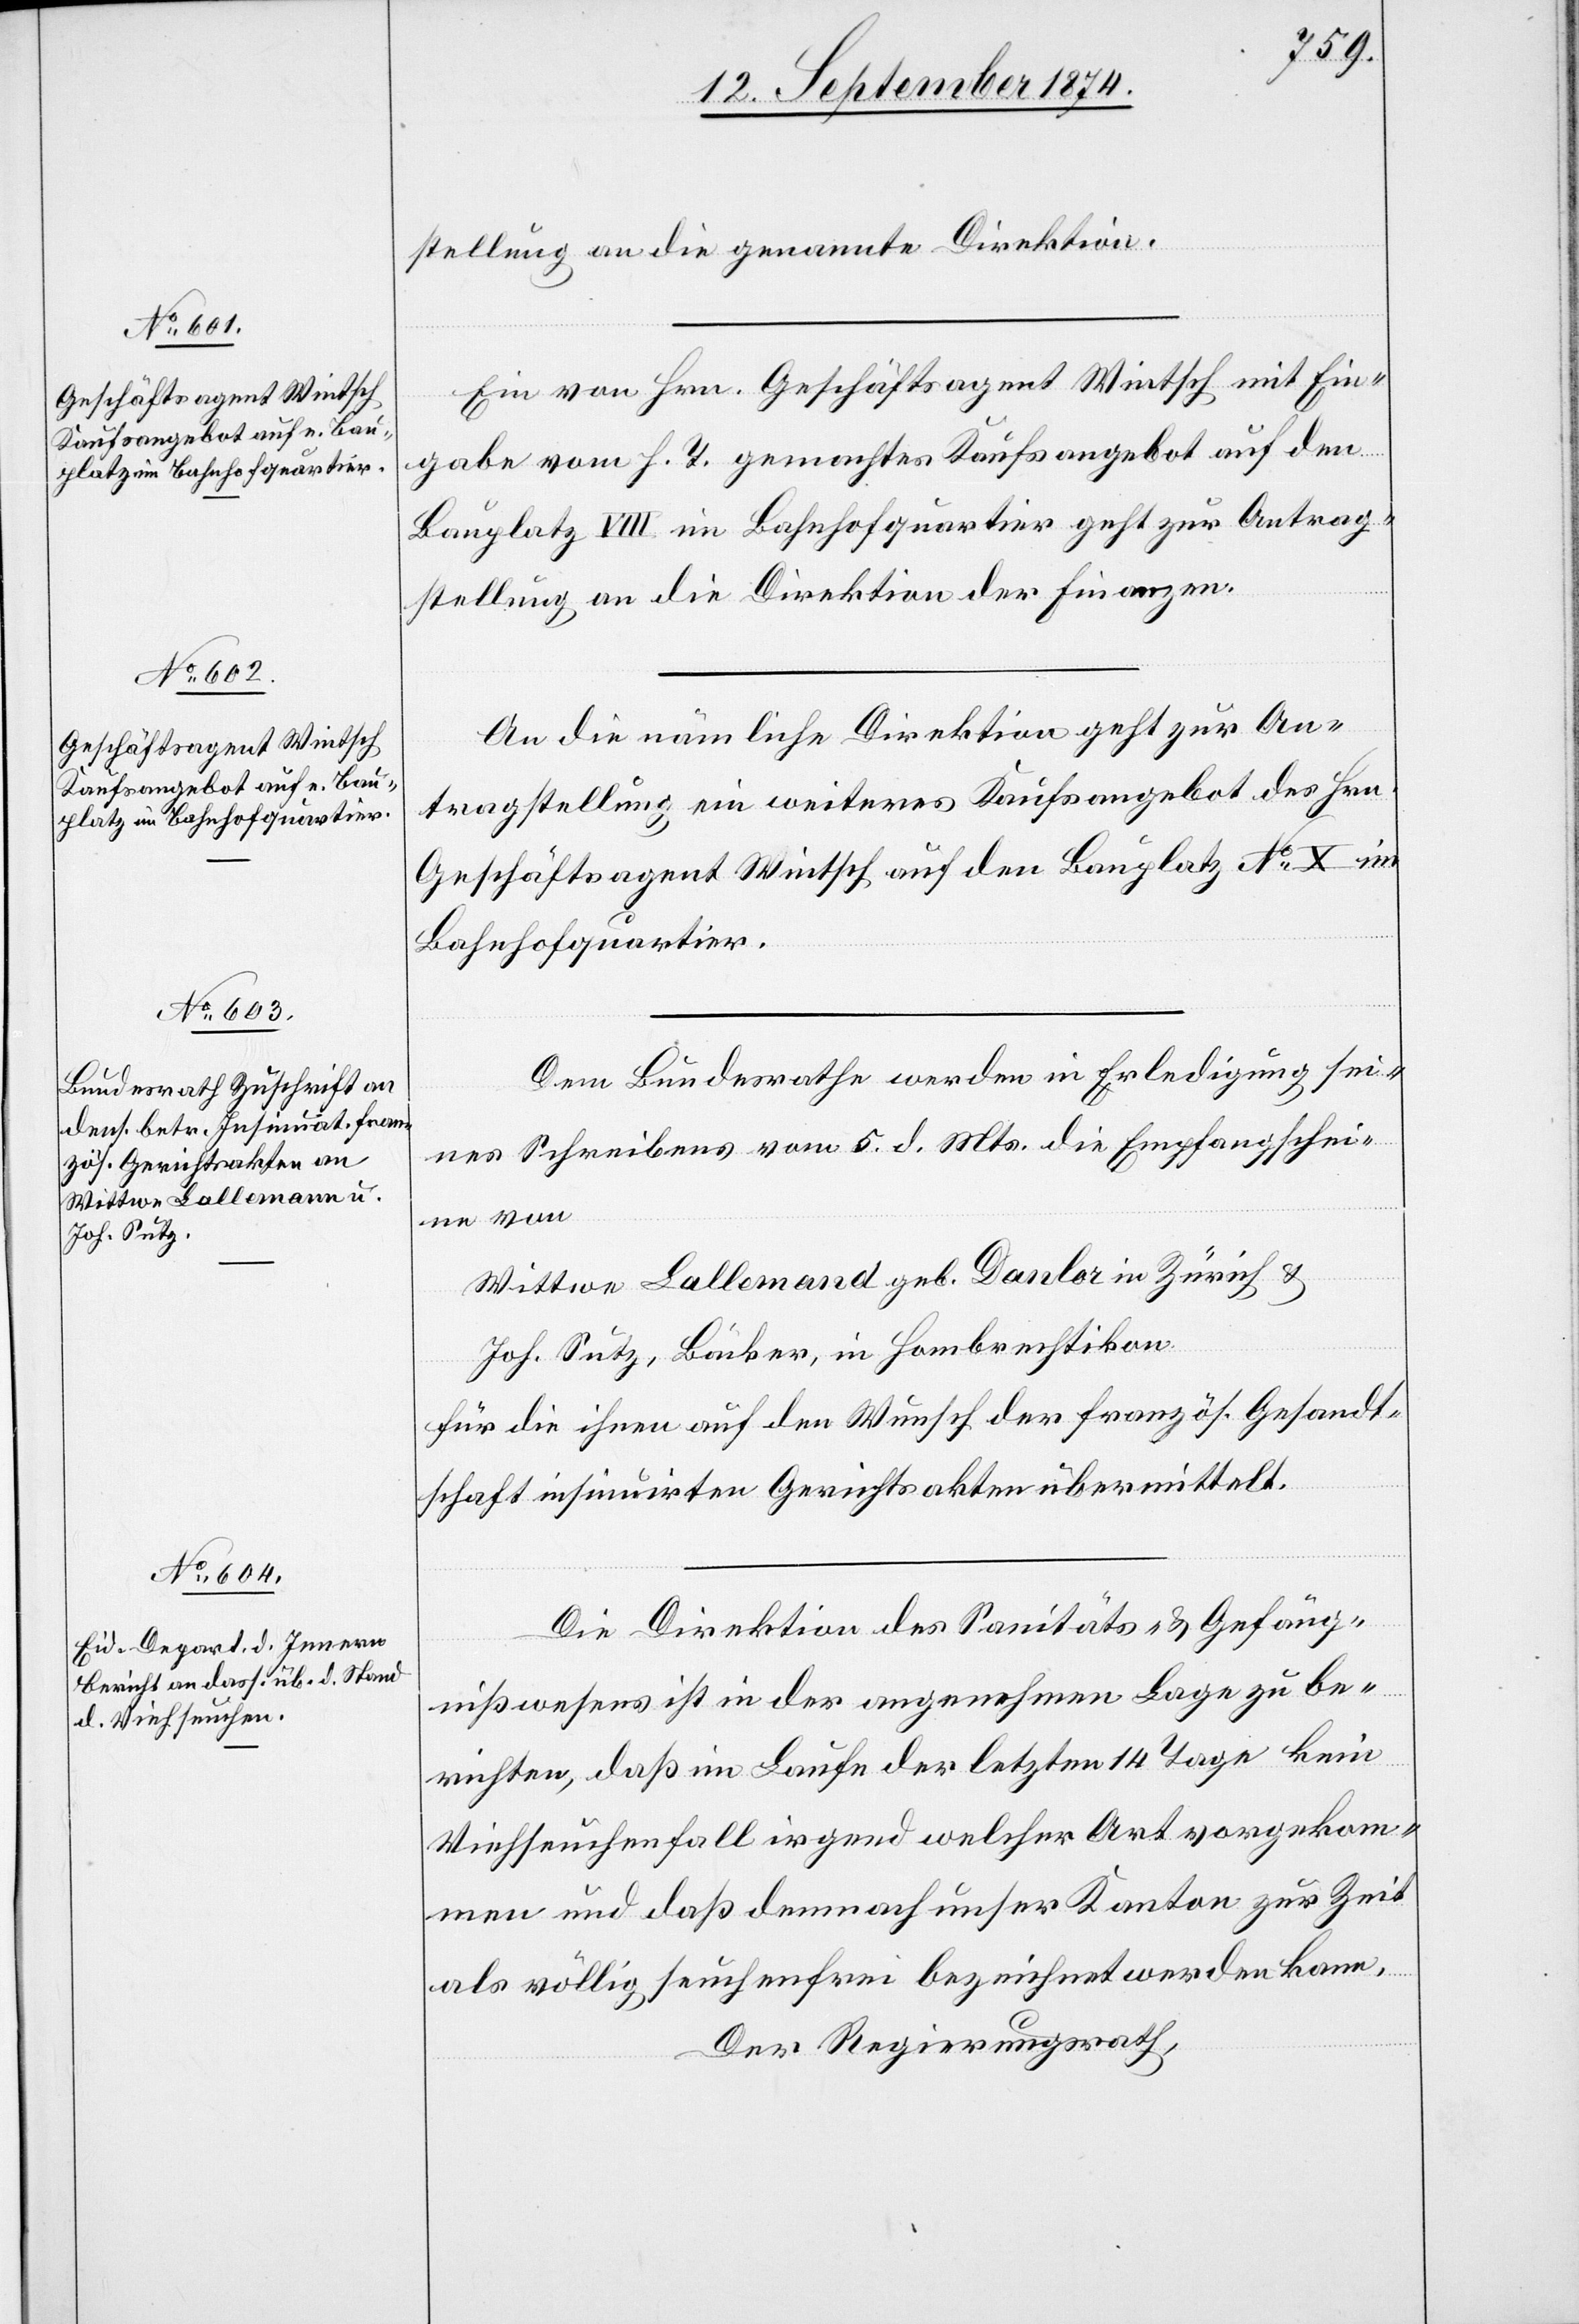
15. September 1874.]
stellung an die genannte Direktion.
Ein von Hrn. Geschäftsagent Wintsch mit Ein¬
gabe vom h. T. gemachtes Kaufsangebot auf den
Bauplatz VIII im Bahnhofquartier geht zur Antrag¬
stellung an die Direktion der Finanzen.
An die nämliche Direktion geht zur An¬
tragstellung ein weiteres Kaufsangebot des Hrn.
Geschäftsagent Wintsch auf den Bauplatz No X im
Bahnhofquartier.
Dem Bundesrathe werden in Erledigung sei¬
nes Schreibens vom 5. d. Mts. die Empfangschei¬
ne von
Wittwe Lallemand [sic!] geb. Danlor in Zürich &
Joh. Sutz, Bäcker, in Hombrechtikon
für die ihren auf den Wunsch der französ. Gesandt¬
schaft insinuirten Gerichtsakten übermittelt.
Die Direktion des Sanitäts- & Gefäng¬
nißwesens ist in der angenehmen Lage zu be¬
richten, daß im Laufe der letzten 14 Tage kein
Viehseuchenfall irgend welcher Art vorgekom¬
men und daß demnach unser Kanton zur Zeit
als völlig seuchenfrei bezeichnet werden kann.
Der Regierungsrath,